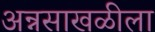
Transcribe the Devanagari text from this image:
अन्नसाखळीला